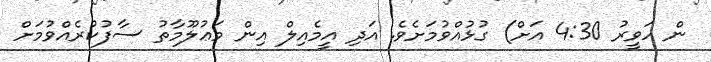
ން ހަވީރު 4:30 އަށް) ގުޅުއްވުމަށެވެ. އަދި އީމެއިލް އިން މަޢުލޫމާތު ސާފުކުރެއްވުމަށް